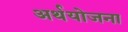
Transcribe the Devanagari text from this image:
अर्थयोजना